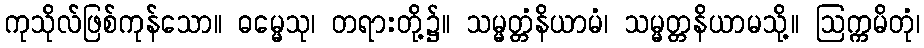
ကုသိုလ်ဖြစ်ကုန်သော။ ဓမ္မေသု၊ တရားတို့၌။ သမ္မတ္တံနိယာမံ၊ သမ္မတ္တနိယာမသို့။ ဩက္ကမိတုံ၊